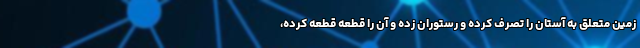
زمین متعلق به آستان را تصرف کرده و رستوران زده و آن را قطعه قطعه کرده،